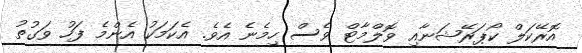
އޮރޭކަލް ކޯޕަރޭޝަނާއި ވޮލްމާޓް ވެސް ހިމެނެ އެވެ. އެކަމަކު އެންމެ ފަހު ވަގުތު